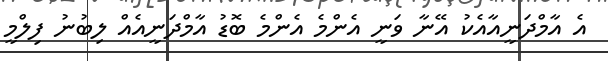
އެ އާމްދަނީއާއެކު އޭނާ ވަނީ އެންމެ އެންމެ ބޮޑު އާމްދަނީއެއް ލިބުނު ފިލްމީ